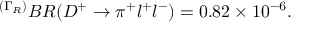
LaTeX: ^ { ( \Gamma _ { R } ) } B R ( D ^ { + } \to \pi ^ { + } l ^ { + } l ^ { - } ) = 0 . 8 2 \times 1 0 ^ { - 6 } .